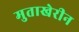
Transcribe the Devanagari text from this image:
मुताखेरीन